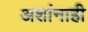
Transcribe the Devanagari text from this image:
अशांनाही